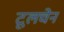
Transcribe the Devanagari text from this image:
टूलचेन